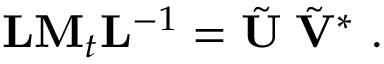
{ \bf L M } _ { t } { \bf L } ^ { - 1 } = \tilde { \bf U } { \bf \Sigma } \tilde { \bf V } ^ { * } \mathrm { ~ . ~ }